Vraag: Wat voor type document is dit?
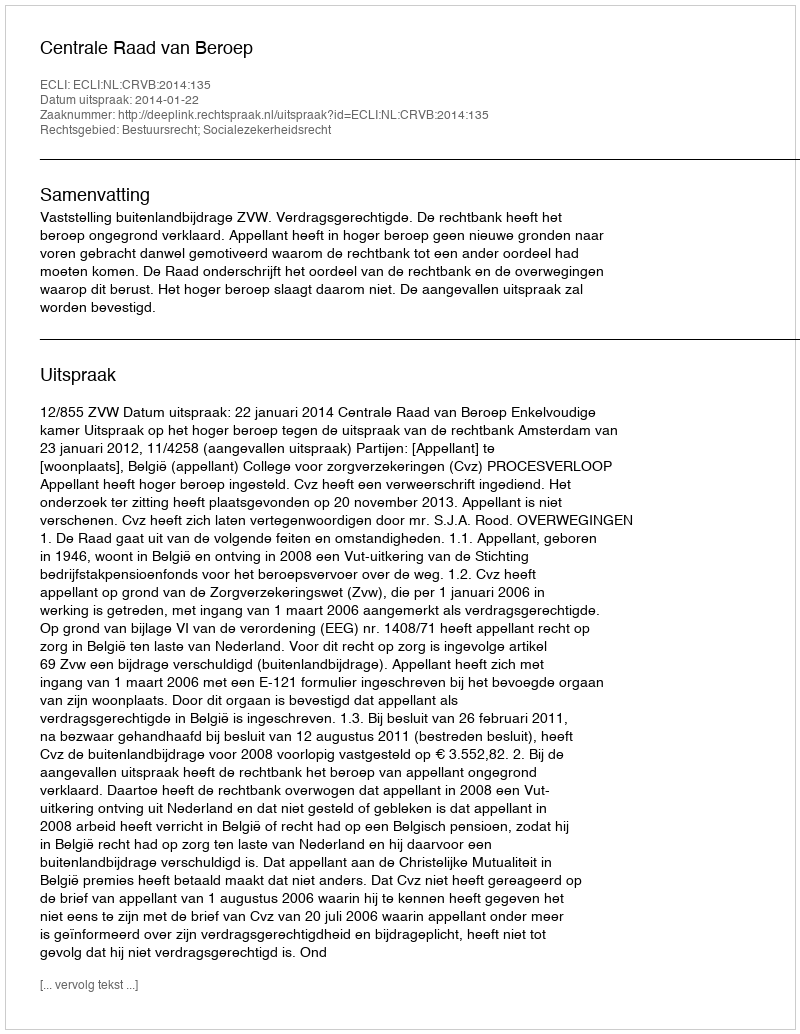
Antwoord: Uitspraak